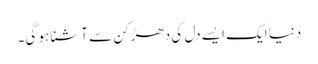
دنیا ایک ایسے دل کی دھڑکن سے آشنا ہو گی۔